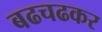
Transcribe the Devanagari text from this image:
बढचढकर